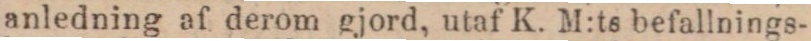
anledning af derom gjord, utaf K. M:ts befallnings-